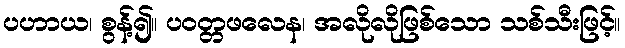
ပဟာယ၊ စွန့်၍။ ပဝတ္တဖလေန၊ အလိုလိုဖြစ်သော သစ်သီးဖြင့်။